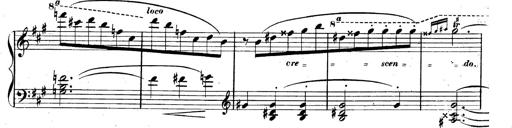
Title: 3 Caprices-Valses
Composer: Franz Liszt